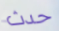
حدث